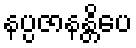
နပ္ပဇာနန္တိပေ